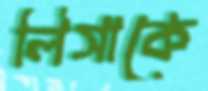
লিসাকে